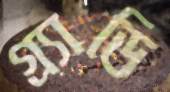
গ্র্যাডি